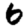
Digit: 6